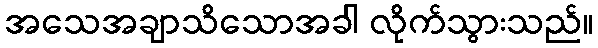
အသေအချာသိသောအခါ လိုက်သွားသည်။